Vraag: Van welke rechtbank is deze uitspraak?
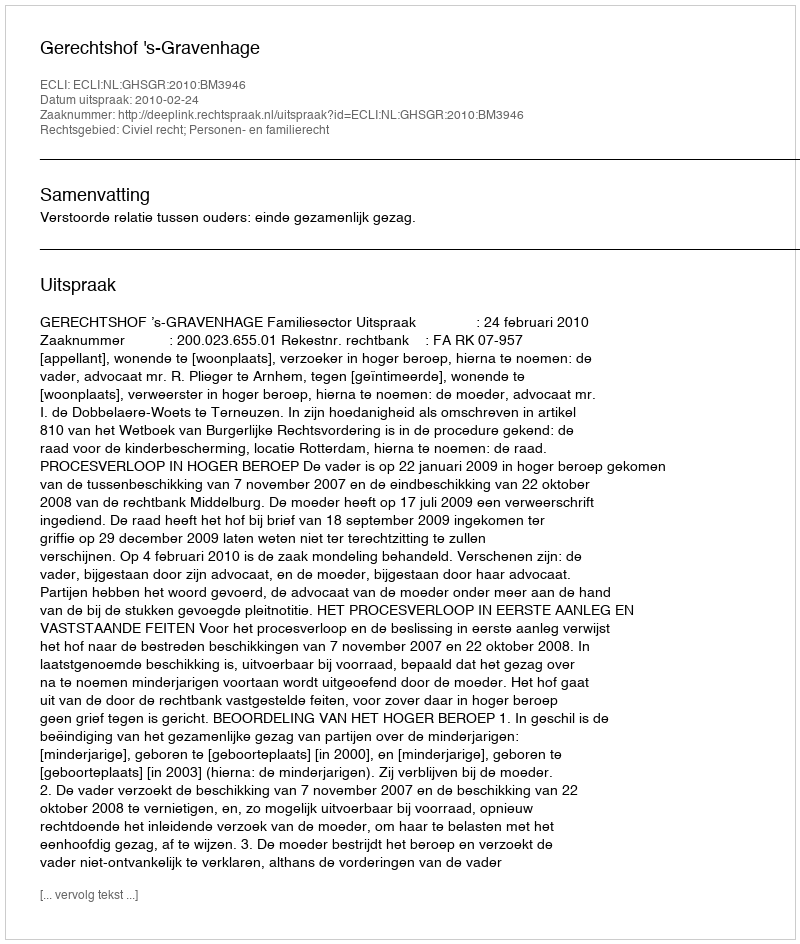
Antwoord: Gerechtshof 's-Gravenhage